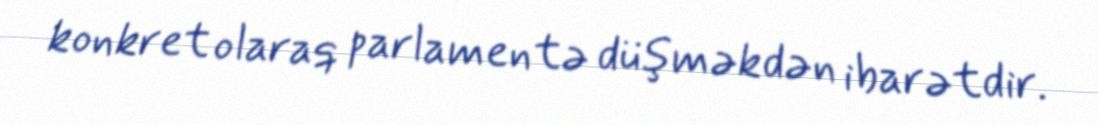
konkret olaraq parlamentə düşməkdən ibarətdir.